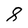
Character: 8